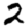
Digit: 2